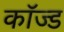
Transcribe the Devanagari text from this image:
कॉज्ड